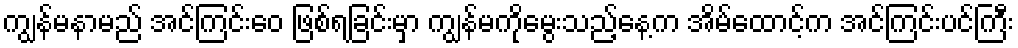
ကျွန်မနာမည် အင်ကြင်းဝေ ဖြစ်ရခြင်းမှာ ကျွန်မကိုမွေးသည့်နေ့က အိမ်ထောင့်က အင်ကြင်းပင်ကြီး